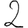
Digit: 2